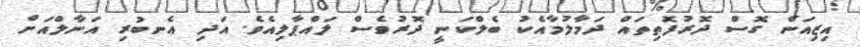
އިޒިއަން ގޮސް ދޮރުފޮތިތައް ދަމާލުމާއެކު ބެލްކަނީ ދޮރުވެސް ލައްޕާލިއެވެ. އަދި އެނބުރި އަނާލްއަށް